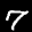
Digit: 7